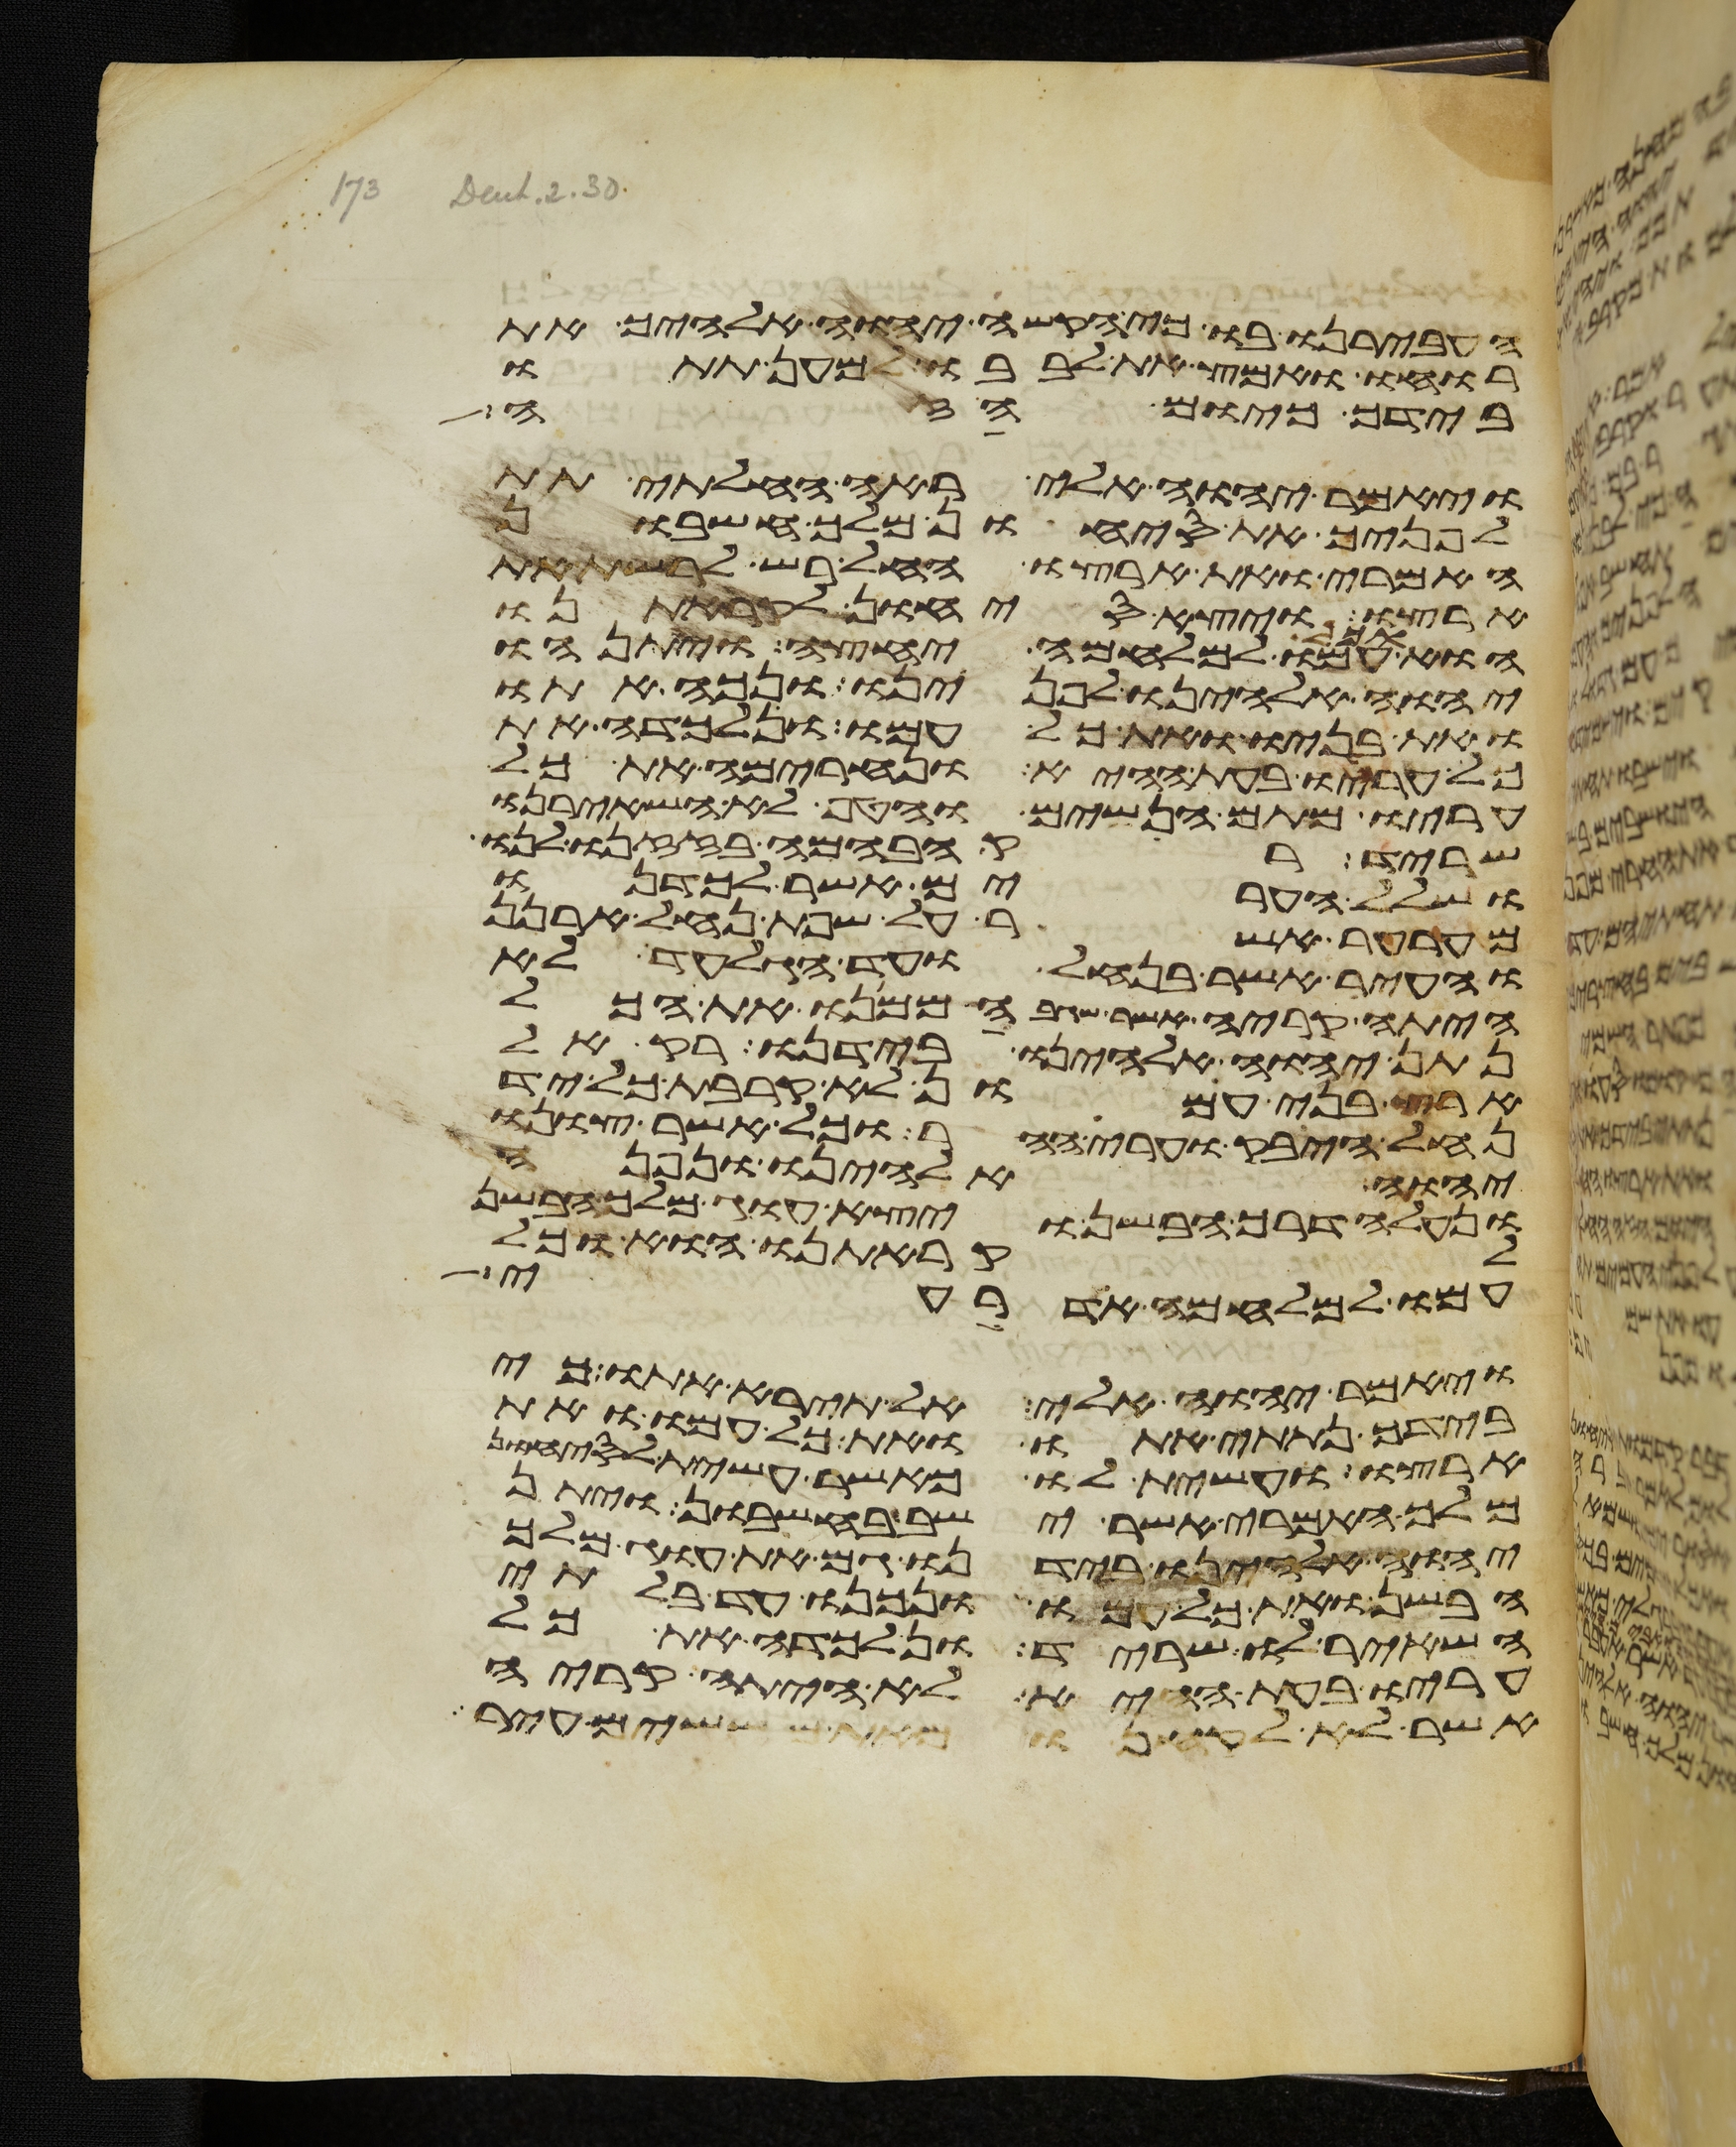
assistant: העבירנו בו כי הקשה יהוה אלהיך את
רוחו ואמץ את לבבו למען תתו
בידך כיום הזה
ויאמר יהוה אלי ראה החלתי תת
לפניך את סיחון מלך חשבון
האמרי ואת ארצו החל רש לרשת את
ארצו ויצא סיחון לקראתנו
הוא וכל עמו למלחמה יחצה ויתנהו
יהוה אלהינו לפנינו ונכה אתו
ואת בניו ואת כל עמו ונלכדה את
כל עריו בעת ההיא ונחרימה את כל
עריו מתם הנשים והטף לא השאירנו
שריד רק הבהמה בזזנו לנו
ושלל הערים אשר לכדנו
מערער אשר על שפת נחל ארנן
והעיר אשר בנחל ועד הגלעד לא
היתה קריה אשר שגבה ממנו את הכל
נתן יהוה אלהינו בידנו רק אל
ארץ בני עמון לא קרבת כל יד
נחל היבק וערי ההר וכל אשר צונו
יהוה אלהינו ונפנה
ונעלה דרך הבשן ויצא עוג מלך הבשן
לקראתנו הוא וכל
עמו למלחמה אדרעי
ויאמר יהוה אלי אל תירא אתו כי
בידך נתתי אתו ואת כל עמו ואת
ארצו ועשית לו כאשר עשית לסיחון
מלך האמרי אשר ישב בחשבון ויתן
יהוה אלהינו בידנו גם את עוג מלך
הבשן ואת כל עמו ונכנו עד בלתי
השאיר לו שריד ונלכדה את כל
עריו בעת ההיא לא היתה קריה
אשר לא לקחנו מאתם ששים עיר